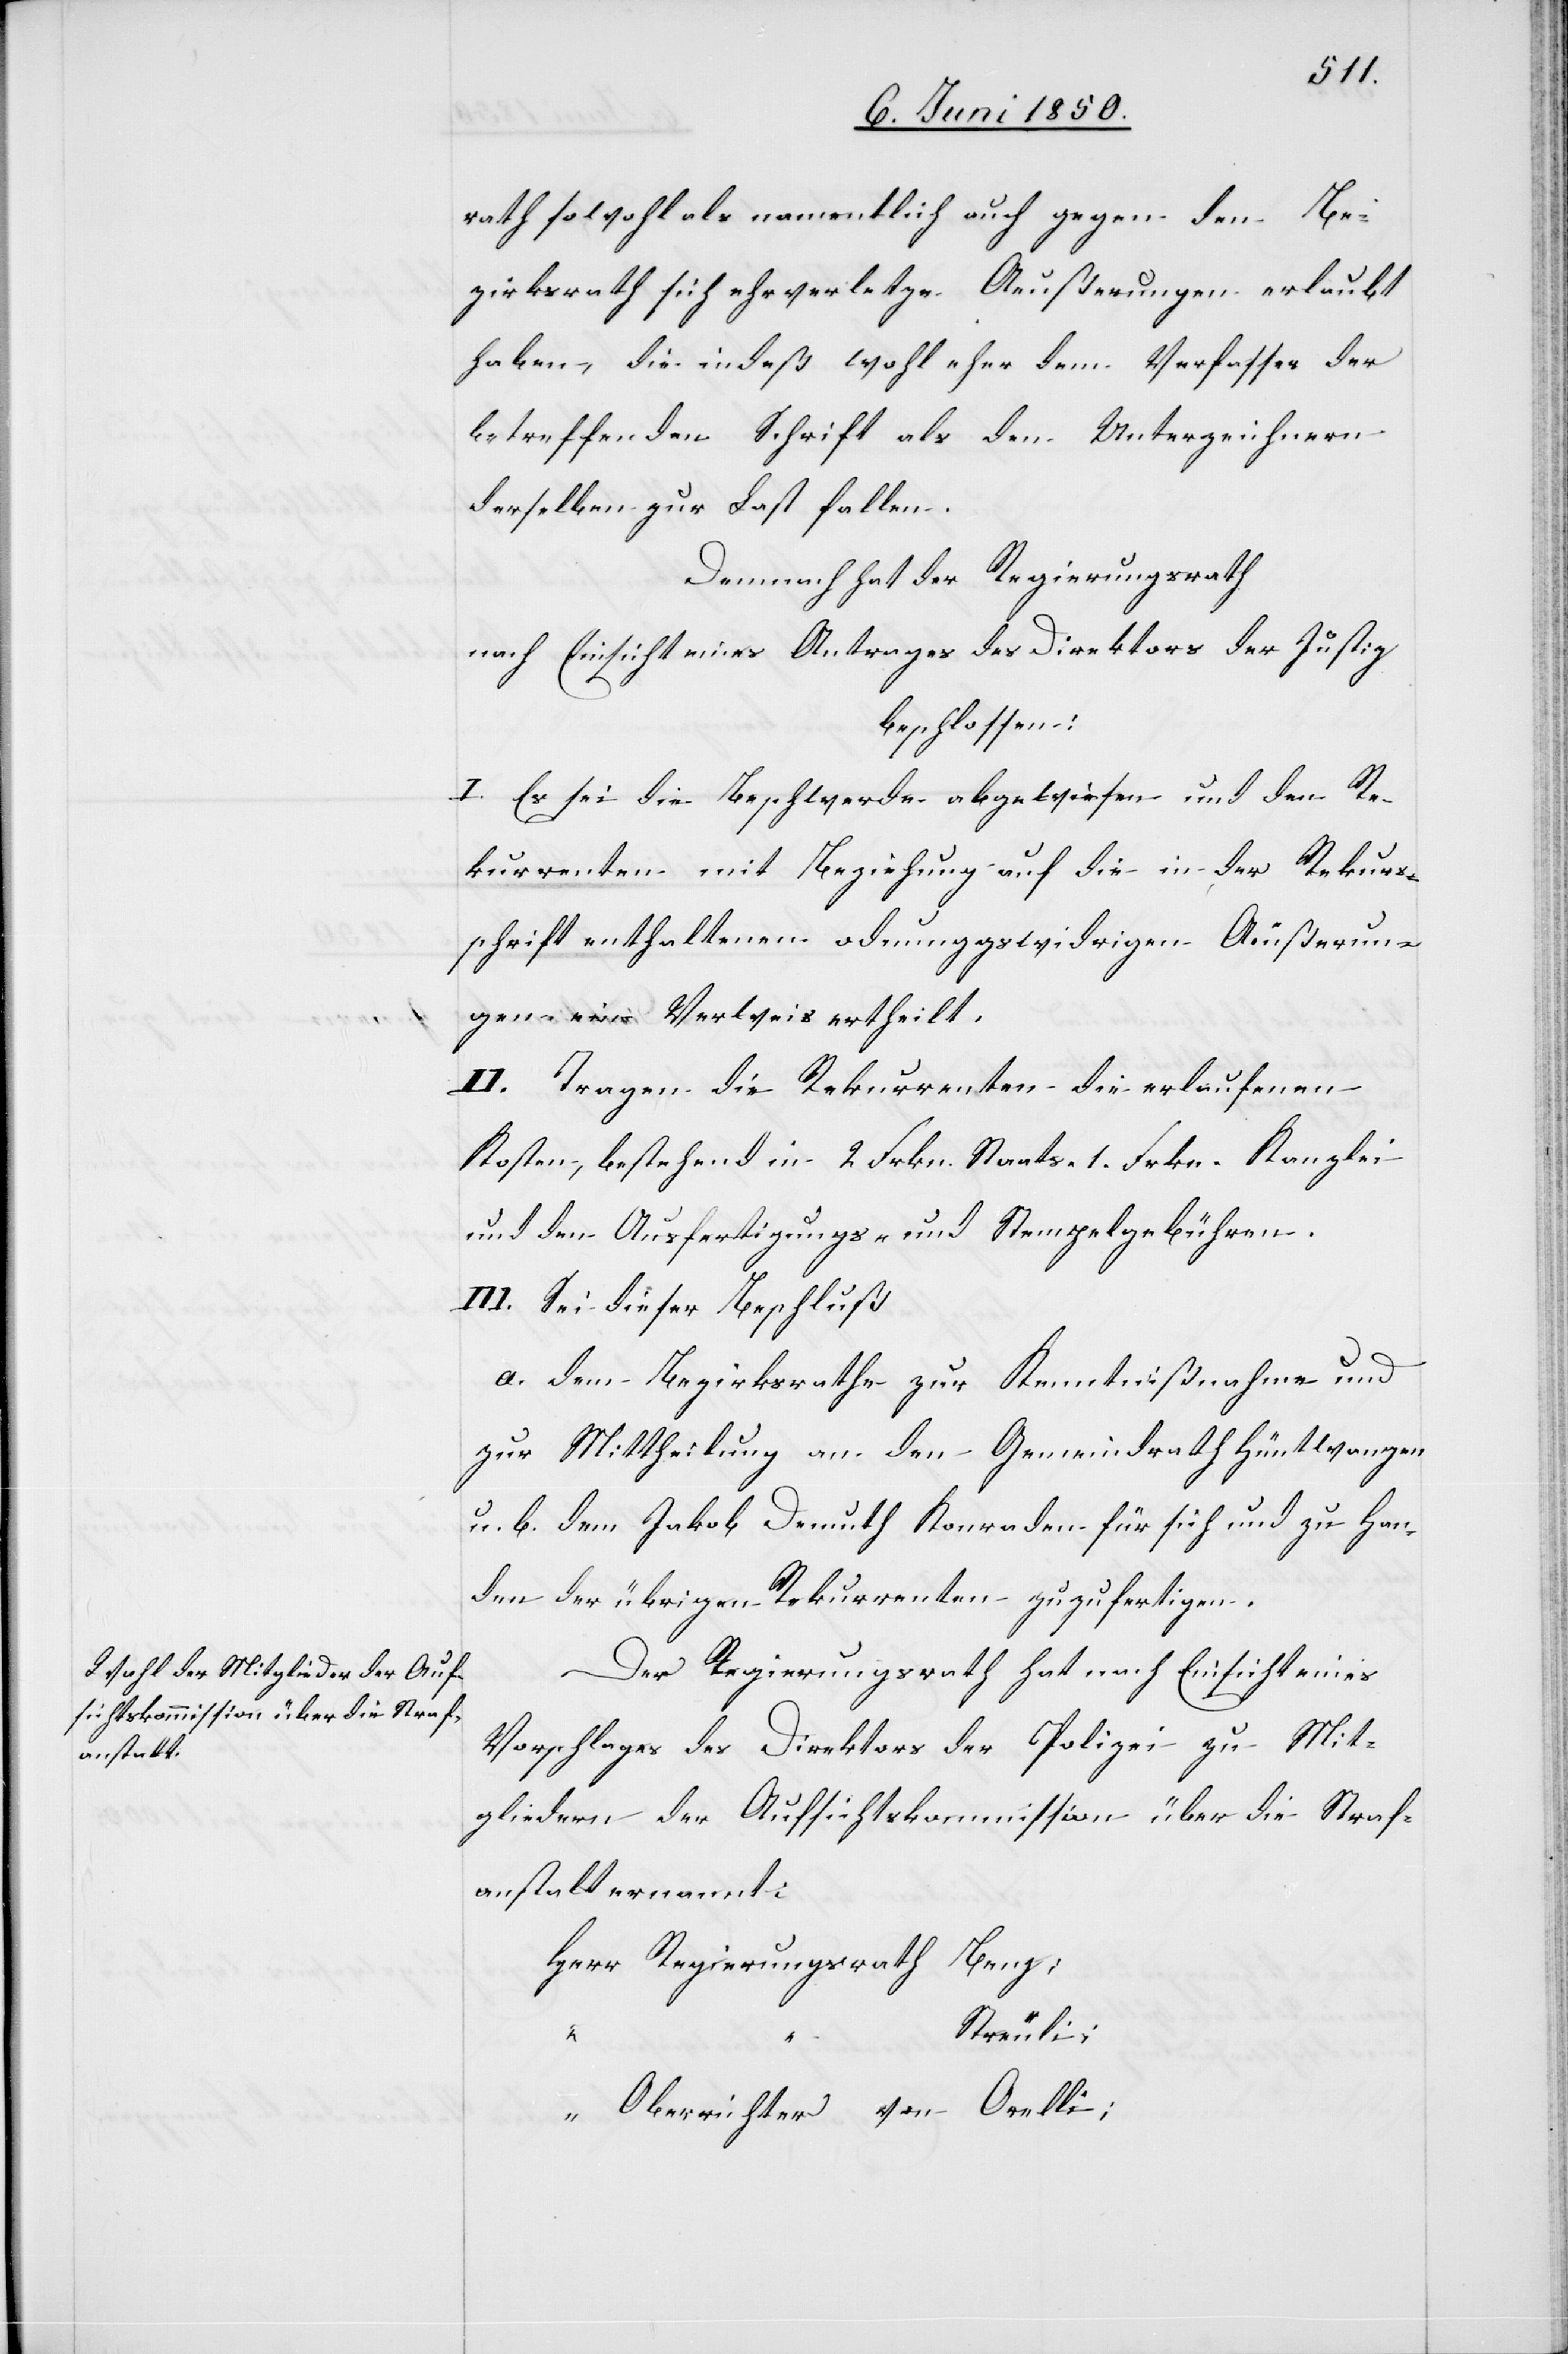
Der Regierungsrath hat nach Einsicht eines
Vorschlages des Direktors der Polizei zu Mit¬
gliedern der Aufsichtskommission über die Straf¬
anstalt ernannt:
Herr Regierungsrath Benz;
Streuli;
“ Oberrichter von Orelli;